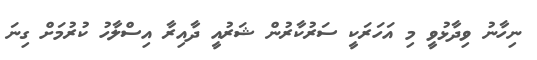
ނިހާނު ވިދާޅުވީ މި އަހަރަކީ ސަރުކާރުން ޝަރުއީ ދާއިރާ އިސްލާހު ކުރުމަށް ގިނަ